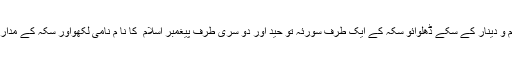
”تم اسی وقت حکاک اور کا ریگروں کو بلائواور اپنے سامنے اُن سے درہم و دینار کے سکّے ڈھلوائو سکّہ کے ایک طرف سورئہ تو حید اور دو سری طرف پیغمبر اسلام ۖ کا نا م نامی لکھواور سکہ کے مدار میں جس شہر میں وہ سکّے بنے ہیں اس شہر کا نام اور سَن لکھا جائے ”۔